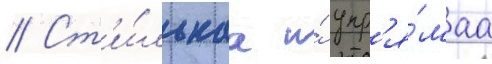
// Ст'и́льнаа и́ упр'я́маа